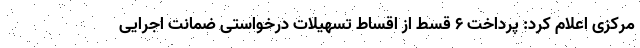
مرکزی اعلام کرد: پرداخت ۶ قسط از اقساط تسهیلات درخواستی ضمانت اجرایی